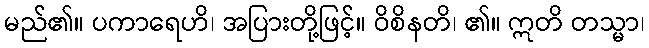
မည်၏။ ပကာရေဟိ၊ အပြားတို့ဖြင့်။ ဝိစိနတိ၊ ၏။ ဣတိ တသ္မာ၊